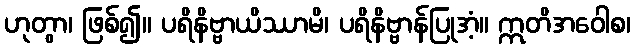
ဟုတွာ၊ ဖြစ်၍။ ပရိနိဗ္ဗာယိဿာမိ၊ ပရိနိဗ္ဗာန်ပြုအံ့။ ဣတိအဝေါစ၊